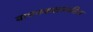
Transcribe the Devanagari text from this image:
वाचनकक्षाकरिता